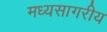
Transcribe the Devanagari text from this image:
मध्यसागरीय